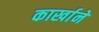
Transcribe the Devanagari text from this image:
कार्खानें